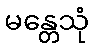
မန္တေသုံ